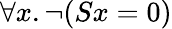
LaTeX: \forall x.\lnot(Sx=0)